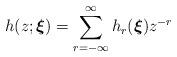
LaTeX: \begin{align*}h(z;\boldsymbol{\xi })=\sum_{r=-\infty }^{\infty }h_{r}(\boldsymbol{\xi })z^{-r}\end{align*}